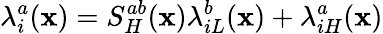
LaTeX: \lambda_{i}^{a}(\mathbf{x})=S_{H}^{ab}(\mathbf{x})\lambda_{iL}^{b}(\mathbf{x})+\lambda_{iH}^{a}(\mathbf{x})